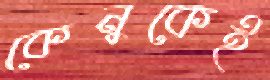
কেনুকেই